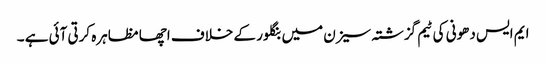
ایم ایس دھونی کی ٹیم گزشتہ سیزن میں بنگلور کے خلاف اچھا مظاہرہ کرتی آئی ہے ۔